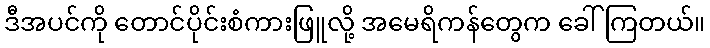
ဒီအပင်ကို တောင်ပိုင်းစံကားဖြူလို့ အမေရိကန်တွေက ခေါ်ကြတယ်။